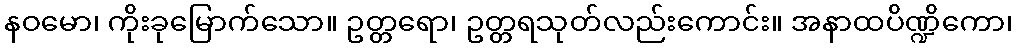
နဝမော၊ ကိုးခုမြောက်သော။ ဥတ္တရော၊ ဥတ္တရသုတ်လည်းကောင်း။ အနာထပိဏ္ဍိကော၊